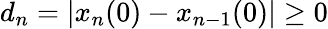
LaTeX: d_{n}=|x_{n}(0)-x_{n-1}(0)|\geq 0